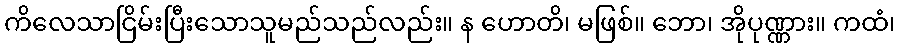
ကိလေသာငြိမ်းပြီးသောသူမည်သည်လည်း။ န ဟောတိ၊ မဖြစ်။ ဘော၊ အိုပုဏ္ဏား။ ကထံ၊